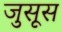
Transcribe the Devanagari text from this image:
जुसूस